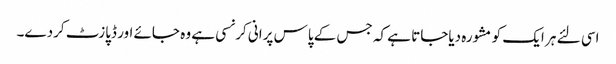
اسی لئے ہر ایک کو مشورہ دیاجاتا ہے کہ جس کے پاس پرانی کرنسی ہے وہ جائے اور ڈپازٹ کردے۔